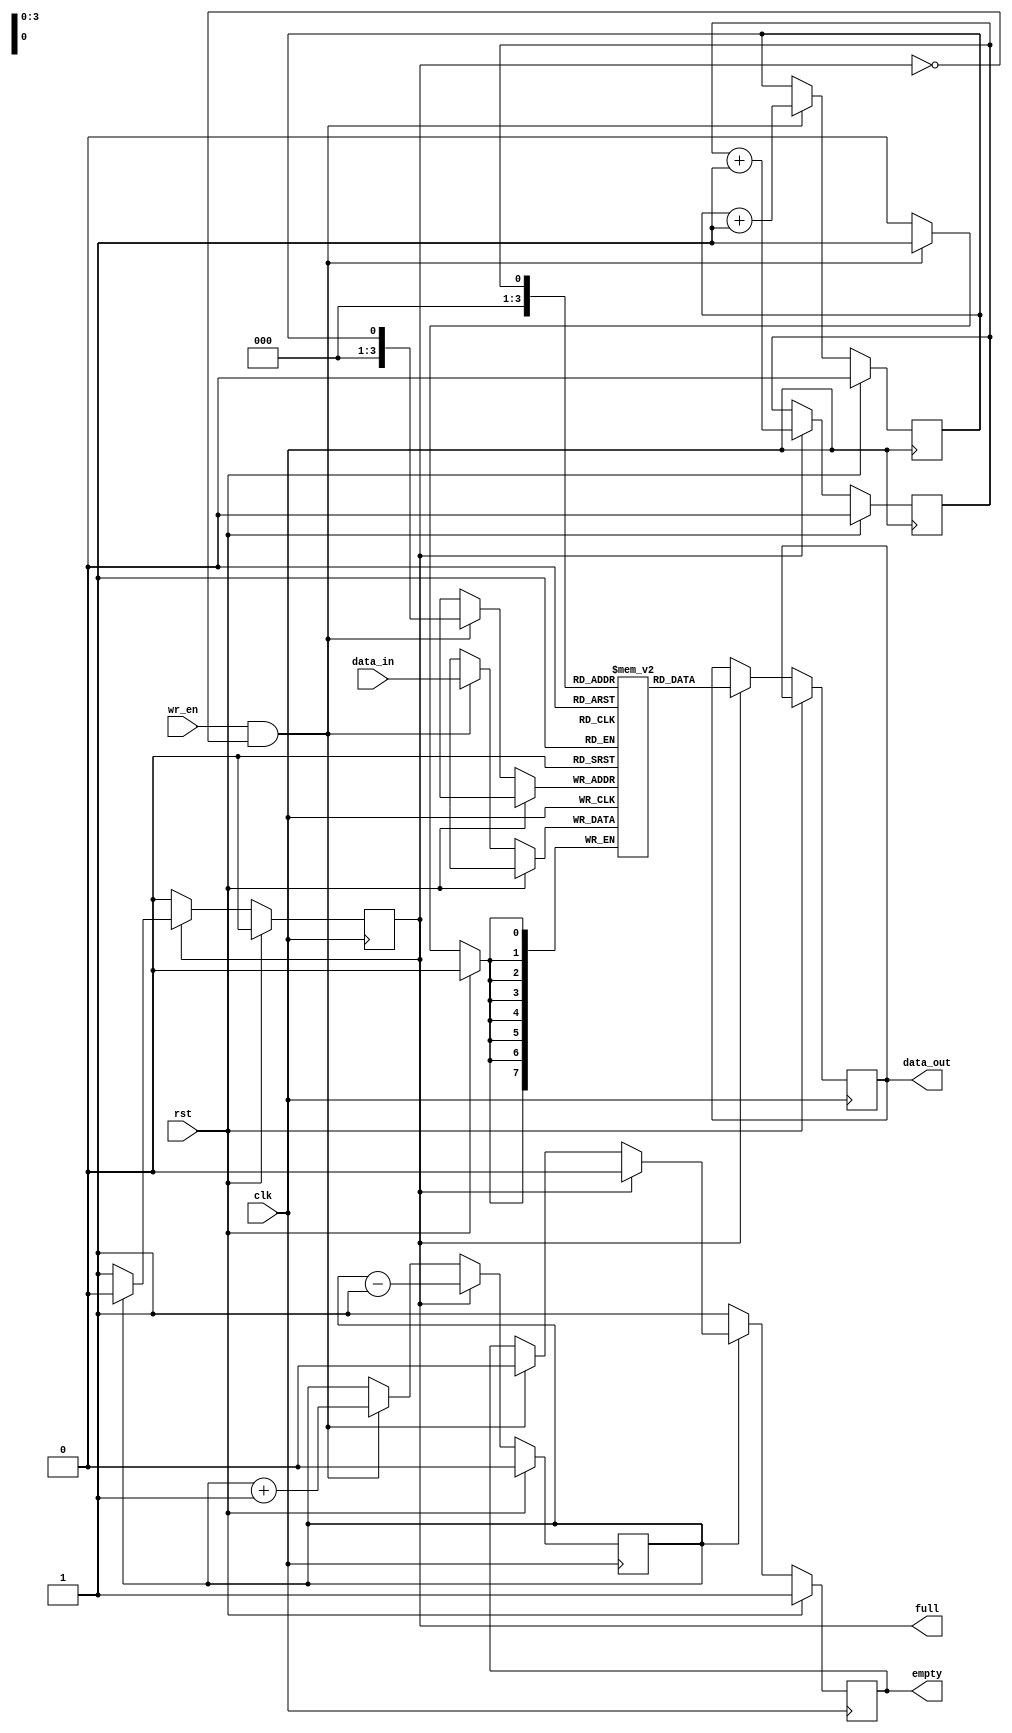
module fifo #(
    parameter DEPTH = 16,      // Depth of the FIFO
    parameter WIDTH = 8        // Data width of the FIFO
) (
    input wire clk,            // Clock signal
    input wire rst,            // Reset signal
    input wire wr_en,          // Write enable signal
    input wire [WIDTH-1:0] data_in,  // Input data
    output reg [WIDTH-1:0] data_out, // Output data
    output reg empty,          // Empty flag
    output reg full            // Full flag
);

reg [WIDTH-1:0] memory [DEPTH-1:0];
reg write_ptr = 0;
reg read_ptr = 0;
reg count = 0;

always @ (posedge clk) begin
    if (rst) begin
        write_ptr <= 0;
        read_ptr <= 0;
        count <= 0;
        full <= 0;
        empty <= 1;
    end else begin
        if (wr_en && !full) begin
            memory[write_ptr] <= data_in;
            write_ptr <= write_ptr + 1;
            count <= count + 1;
            empty <= 0;
            if (count == DEPTH-1)
                full <= 1;
        end
        
        if (full) begin
            data_out <= memory[read_ptr];
            read_ptr <= read_ptr + 1;
            count <= count - 1;
            if (count == 1)
                full <= 0;
            empty <= 0;
        end
        
        if (count == 0)
            empty <= 1;
        
    end
end

endmodule